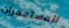
المستعمرات